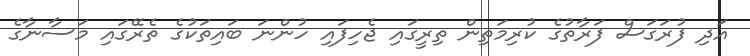
އަދި ފުރަގަސް ފަރާތުގެ ކުރިމަތިން ތިރީގައި ޖެހިފައި ހުންނަ ބައިތަކުގެ ތެރޭގައި މަސާނާގެ